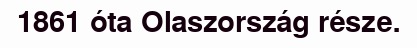
1861 óta Olaszország része.